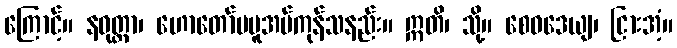
ကြောင့်။ နဝုတ္တာ၊ ဟောတော်မမူအပ်ကုန်သနည်း။ ဣတိ၊ သို့။ စေဝဒေယျ၊ ငြားအံ့။